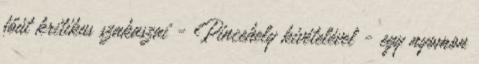
főút kritikus szakaszai - Pincehely kivételével - egy nyomon